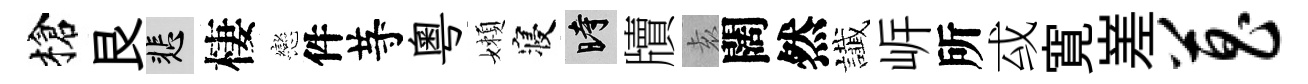
槍艮悲棲戀件䒭粵嬾寝时牘𡊮闊然䜟㟁所㦯寛嵳菖